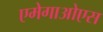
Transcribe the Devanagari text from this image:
एमेगाओएस